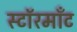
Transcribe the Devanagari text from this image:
स्टॉरमाँट